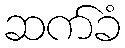
ဆက်ခံ